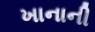
ખાનાની